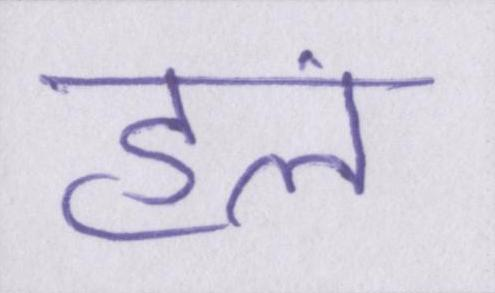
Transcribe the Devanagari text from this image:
हलं